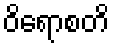
ဝိရောစတိ